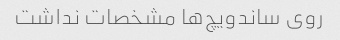
روی ساندویچ‌ها مشخصات نداشت